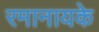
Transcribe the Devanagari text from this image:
रमानायके